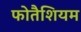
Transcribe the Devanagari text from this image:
फोतैशियम